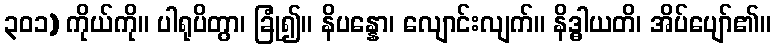
၃၀၁) ကိုယ်ကို။ ပါရုပိတွာ၊ ခြုံ၍။ နိပန္နော၊ လျောင်းလျက်။ နိဒ္ဓါယတိ၊ အိပ်ပျော်၏။